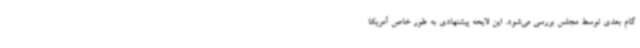
گام بعدی توسط مجلس بررسی می‌شود. این لایحه پیشنهادی به طور خاص آمریکا